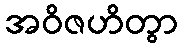
အဝိဇဟိတွာ